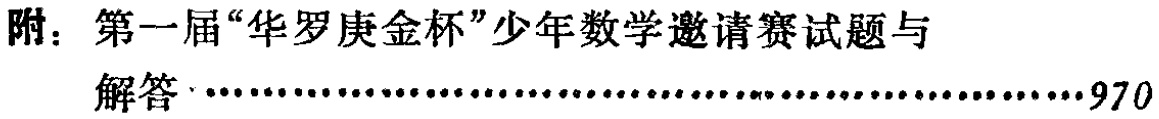
附：第一届“华罗庚金杯”少年数学邀请赛试题与

解答····································································970